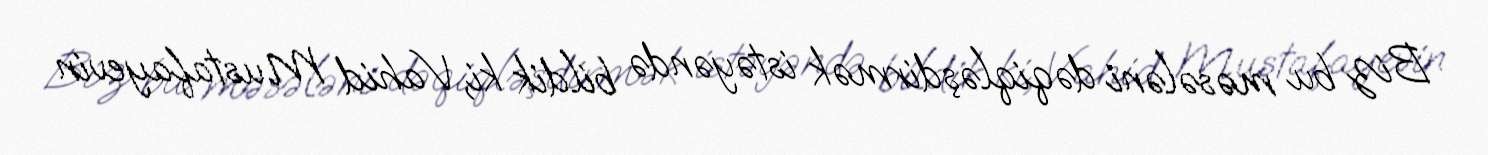
Biz bu məsələni dəqiqləşdirmək istəyəndə bildik ki, Vahid Mustafayevin